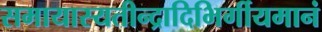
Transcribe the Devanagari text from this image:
समायास्यतीन्द्रादिभिर्गीयमानं